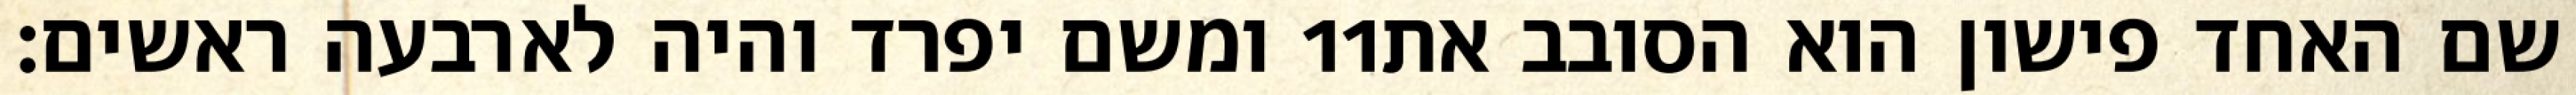
ומשם יפרד והיה לארבעה ראשים׃ ‎11‏ שם האחד פישון הוא הסובב את